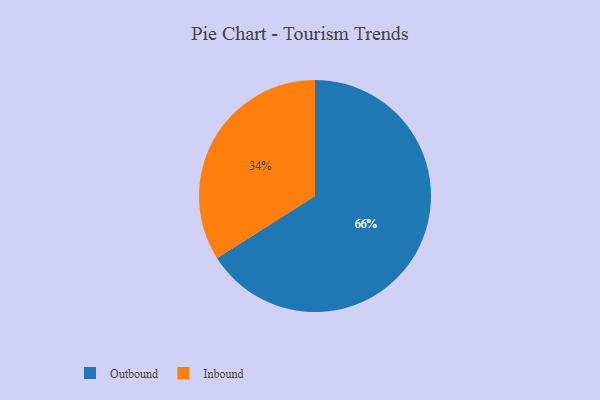
{"axis": {"x": "Category", "y": "Percentage"}, "legend": ["Inbound", "Outbound"], "data": [{"x": "Inbound", "y": 34, "type": "Inbound"}, {"x": "Outbound", "y": 66, "type": "Outbound"}]}